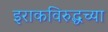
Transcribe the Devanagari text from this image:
इराकविरुद्धच्या